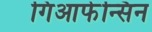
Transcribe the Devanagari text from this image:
गिआफेन्सिन